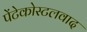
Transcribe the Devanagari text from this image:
पेंटेकोस्टलवाद